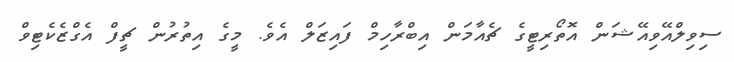
ސިވިލްއޭވިއޭޝަން އޮތޯރިޓީގެ ޗެއާމަން އިބްރާހިމް ފައިޒަލް އެވެ. މީގެ އިތުރުން ޗީފް އެގްޒެކެޓިވް